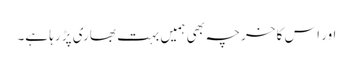
اور اس کا خرچہ بھی ہمیں بہت بھاری پڑ رہا ہے۔